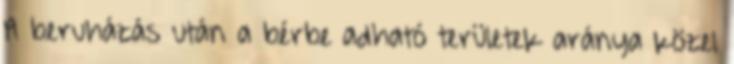
A beruházás után a bérbe adható területek aránya közel